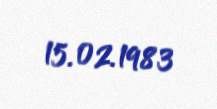
15.02.1983